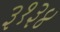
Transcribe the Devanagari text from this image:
३१३४